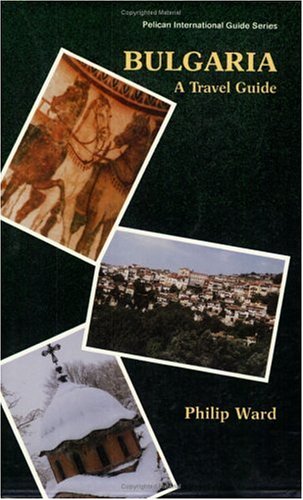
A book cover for Bulgaria: A Travel Guide (Pelican International Guide Series); Philip Ward; Travel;